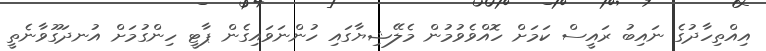
އިއްތިހާދުގެ ނައިބު ރައީސް ކަމަށް ހޮއްވެވުމުން މެލޭޝިޔާގައި ހުންނަވައިގެން ޕާޓީ ހިންގުމަށް އުނދަގޫވާނެތީ